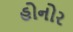
હોનોર